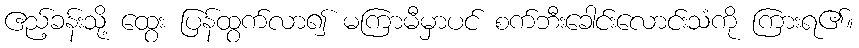
ဧည့်ခန်းသို့ ထွေး ပြန်ထွက်လာ၍ မကြာမီမှာပင် စက်ဘီးခေါင်းလောင်းသံကို ကြားရ၏။